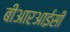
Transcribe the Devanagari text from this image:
बीआरआईसी